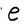
Character: e